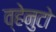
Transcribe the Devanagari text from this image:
व्हेनुटो